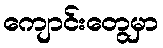
ကျောင်းတွေမှာ